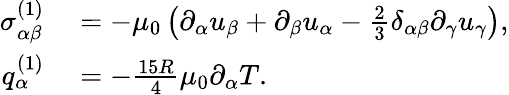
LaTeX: \begin{array}{rl}{\sigma_{\alpha\beta}^{(1)}}&{{}=-\mu_{0}\left(\partial_{\alpha}u_{\beta}+\partial_{\beta}u_{\alpha}-\frac{2}{3}\delta_{\alpha\beta}\partial_{\gamma}u_{\gamma}\right),}\\ {q_{\alpha}^{(1)}}&{{}=-\frac{15R}{4}\mu_{0}\partial_{\alpha}T.}\end{array}